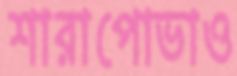
শারাপোভাও